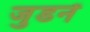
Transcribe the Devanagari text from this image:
जुडनें